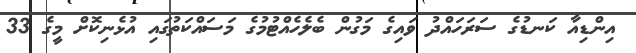
އިންޑިއާ ކަނޑުގެ ސަރަހައްދު ވައިގެ މަގުން ބެލެހެއްޓުމުގެ މަސައްކަތުގައި އުޅެނިކޮށް މީގެ 33